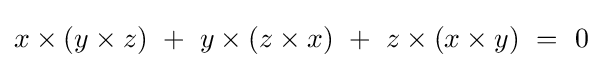
x\times (y\times z)\ +\ y\times (z\times x)\ +\ z\times (x\times y)\ =\ 0